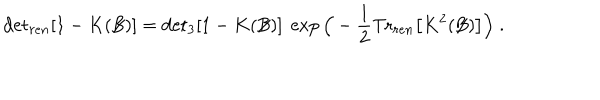
\mathrm { d e t } _ { r e n } [ 1 - K ( \not { \! \! B } ) ] = \mathrm { d e t } _ { 3 } [ 1 - K ( \not { \! \! B } ) ] \; \exp \Big ( - \frac { 1 } { 2 } \mathrm { T r } _ { r e n } \big [ K ^ { 2 } ( \not { \! \! B } ) \big ] \Big ) \; .